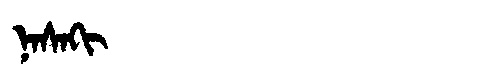
Manchu: ᠨᠠᠰᠠᡴᡳ
Romanization: NASAKI